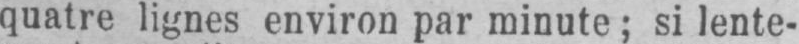
quatre lignes environ par minute; si lente-